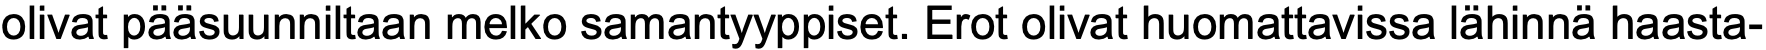
olivat pääsuunniltaan melko samantyyppiset. Erot olivat huomattavissa lähinnä haasta-